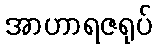
အာဟာရဇရုပ်